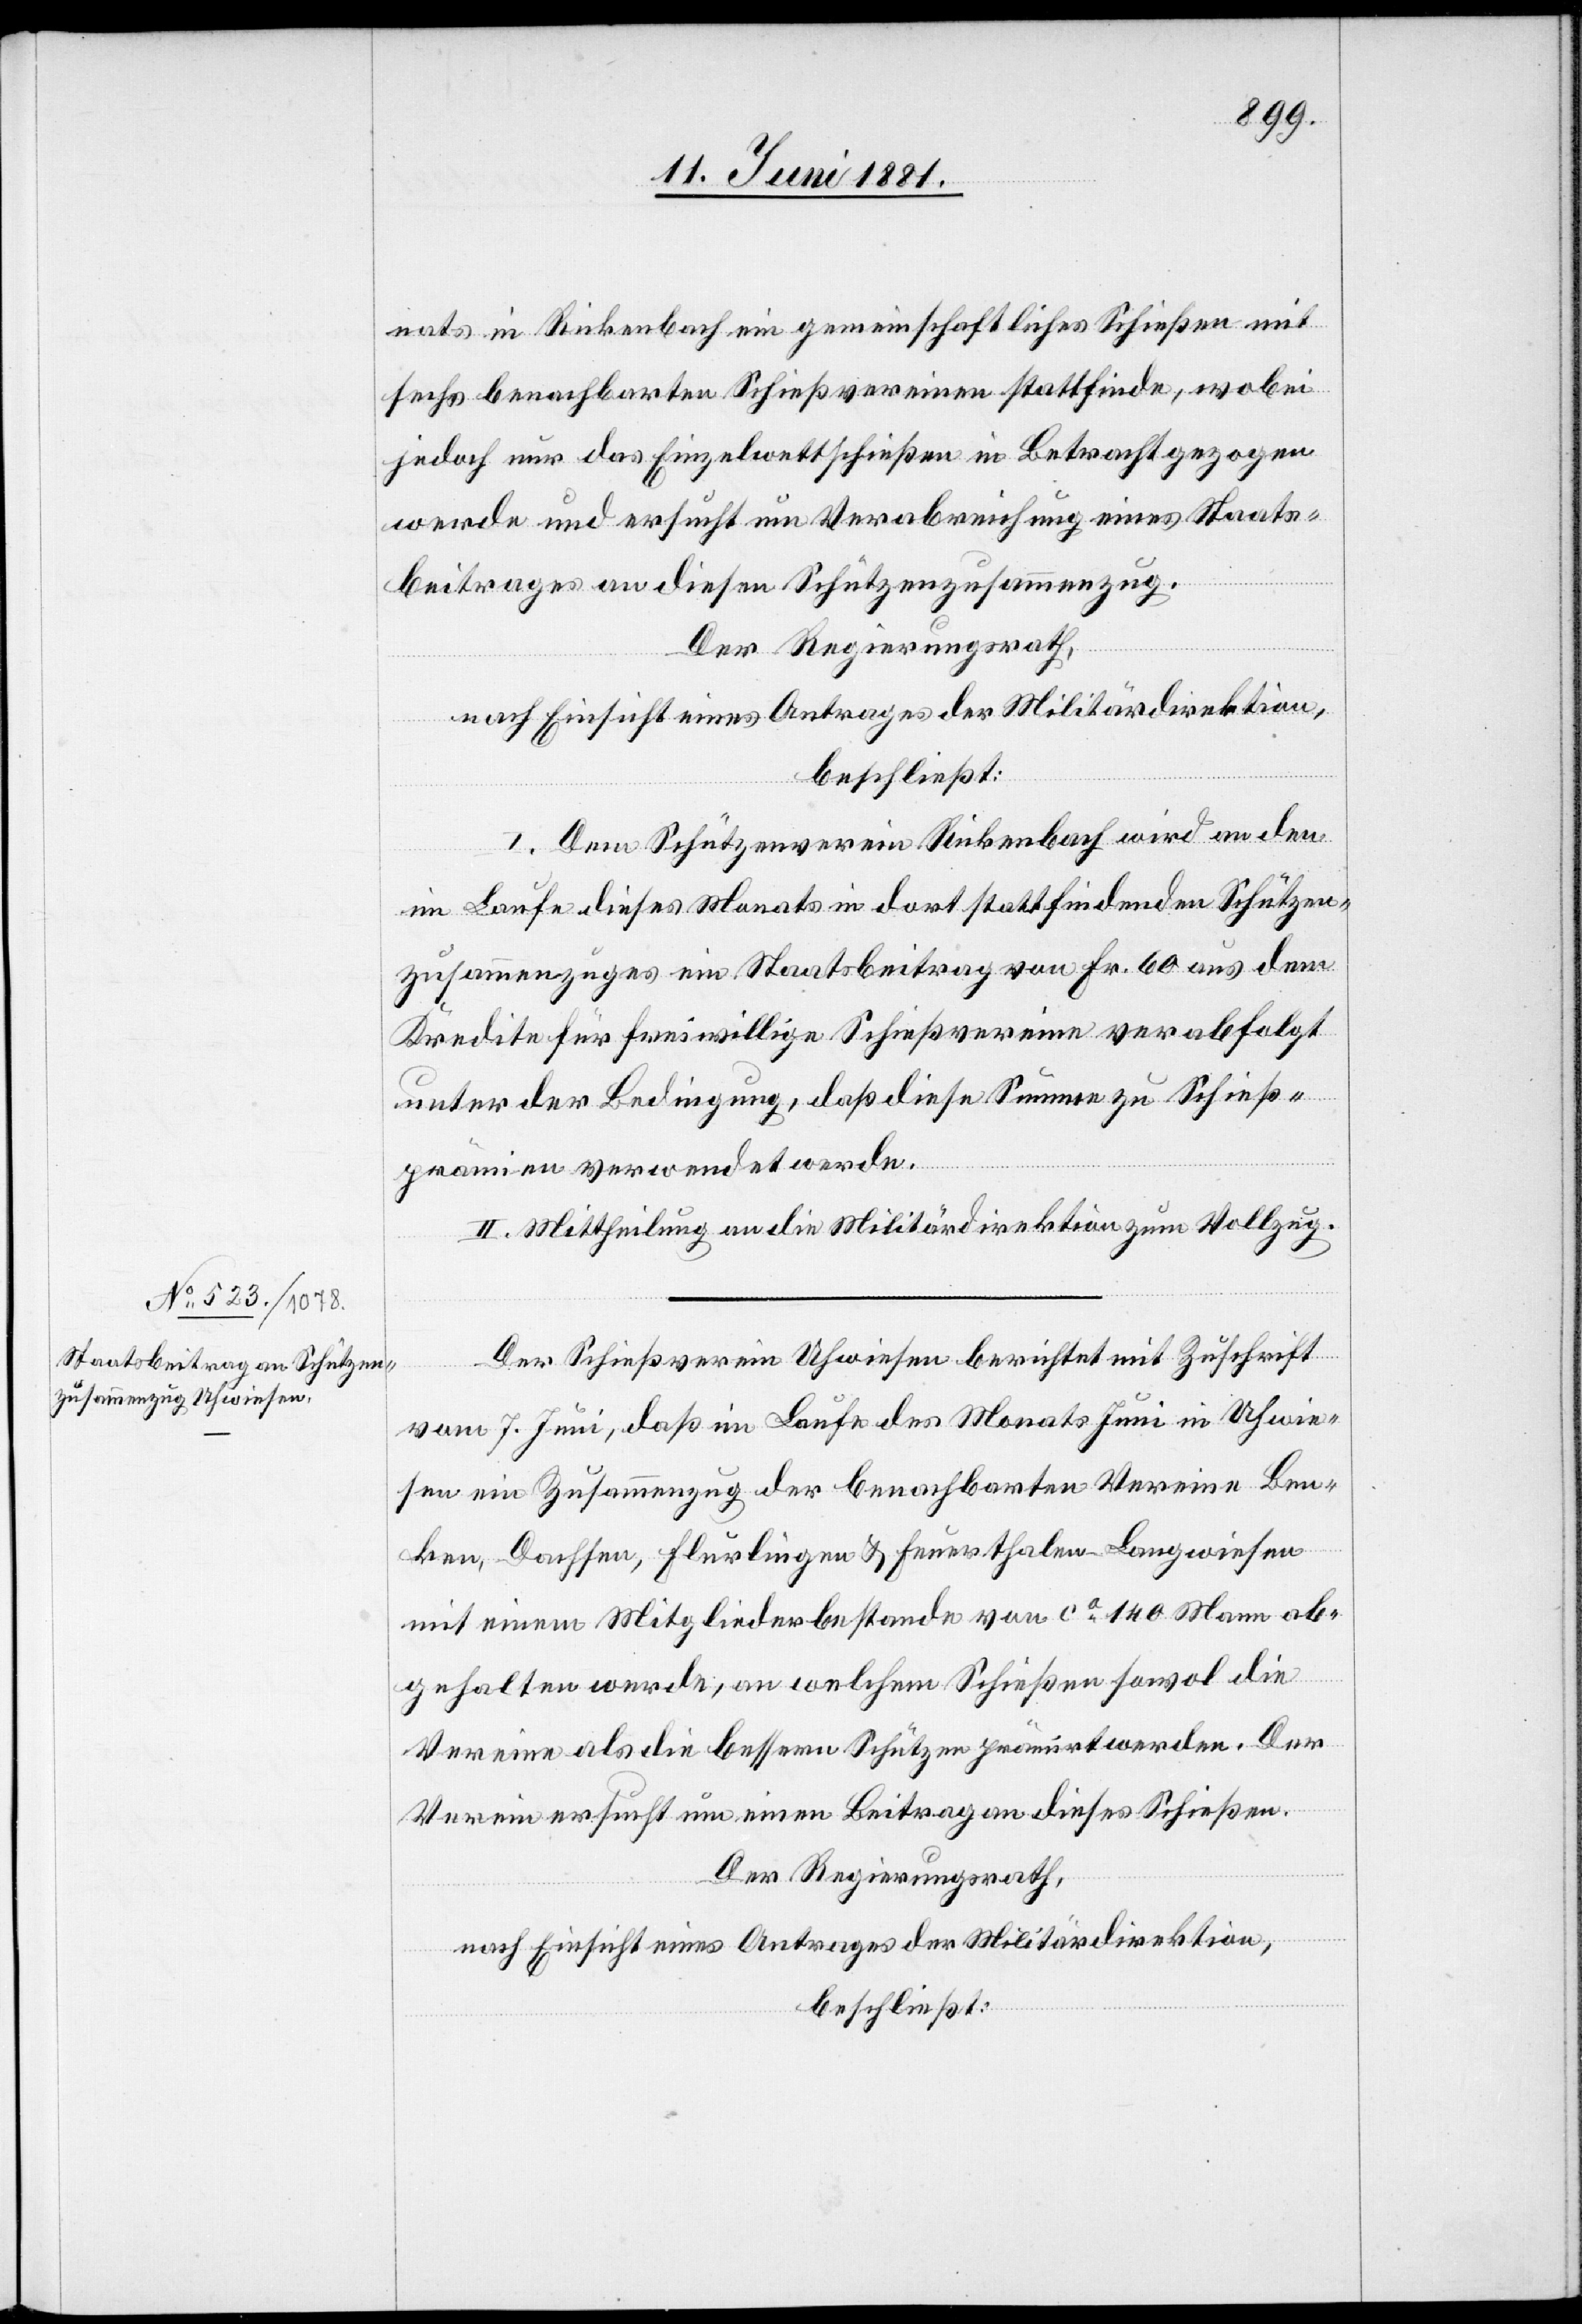
nats in Rickenbach ein gemeinschaftliches Schießen mit
sechs benachbarten Schießvereinen stattfinde, wobei
jedoch nur das Einzelwettschießen in Betracht gezogen
werde und ersucht um Verabreichung eines Staats¬
beitrages an diesen Schützenzusammenzug.
Der Regierungsrath,
nach Einsicht eines Antrages der Militärdirektion,
beschließt:
I. Dem Schützenverein Rickenbach wird an den
im Laufe dieses Monats in dort stattfindenden Schützen¬
zusammenzuges ein Staatsbeitrag von Fr. 60 aus dem
Kredite für freiwillige Schießvereine verabfolgt
unter der Bedingung, daß diese Summe zu Schieß¬
prämien verwendet werde.
II. Mittheilung an die Militärdirektion zum Vollzug.
Der Schießverein Uhwiesen berichtet mit Zuschrift
vom 7. Juni, daß im Laufe des Monats Juni in Uhwie¬
sen ein Zusammenzug der benachbarten Vereine Ben¬
ken, Dachsen, Flurlingen & Feuerthalen-Langwiesen
mit einem Mitgliederbestande von ca 140 Mann ab¬
gehalten werde, an welchem Schießen sowol die
Vereine als die bessere Schützen prämirt werden. Der
Verein ersucht um einen Beitrag an dieses Schießen.
Der Regierungsrath,
nach Einsicht eines Antrages der Militärdirektion,
beschließt: